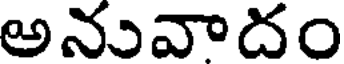
అనువాదం